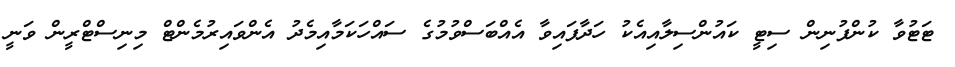
ޓަޓުވާ ކުންފުނިން ސިޓީ ކައުންސިލާއިއެކު ހަދާފައިވާ އެއްބަސްވުމުގެ ސައްހަކަމާއިމެދު އެންވައިރުމެންޓް މިނިސްޓްރީން ވަނީ